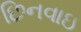
છિનવાઇ